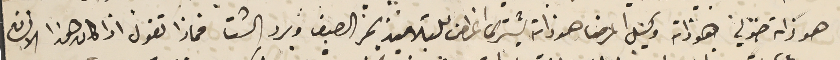
هو ذاته خولي هو ذاته وكيل المرضا هو ذاته يشترى اغراض للتلاميذ بحر الصيف وبرد الشتا فماذا تقول اذا كان هذا الانسان